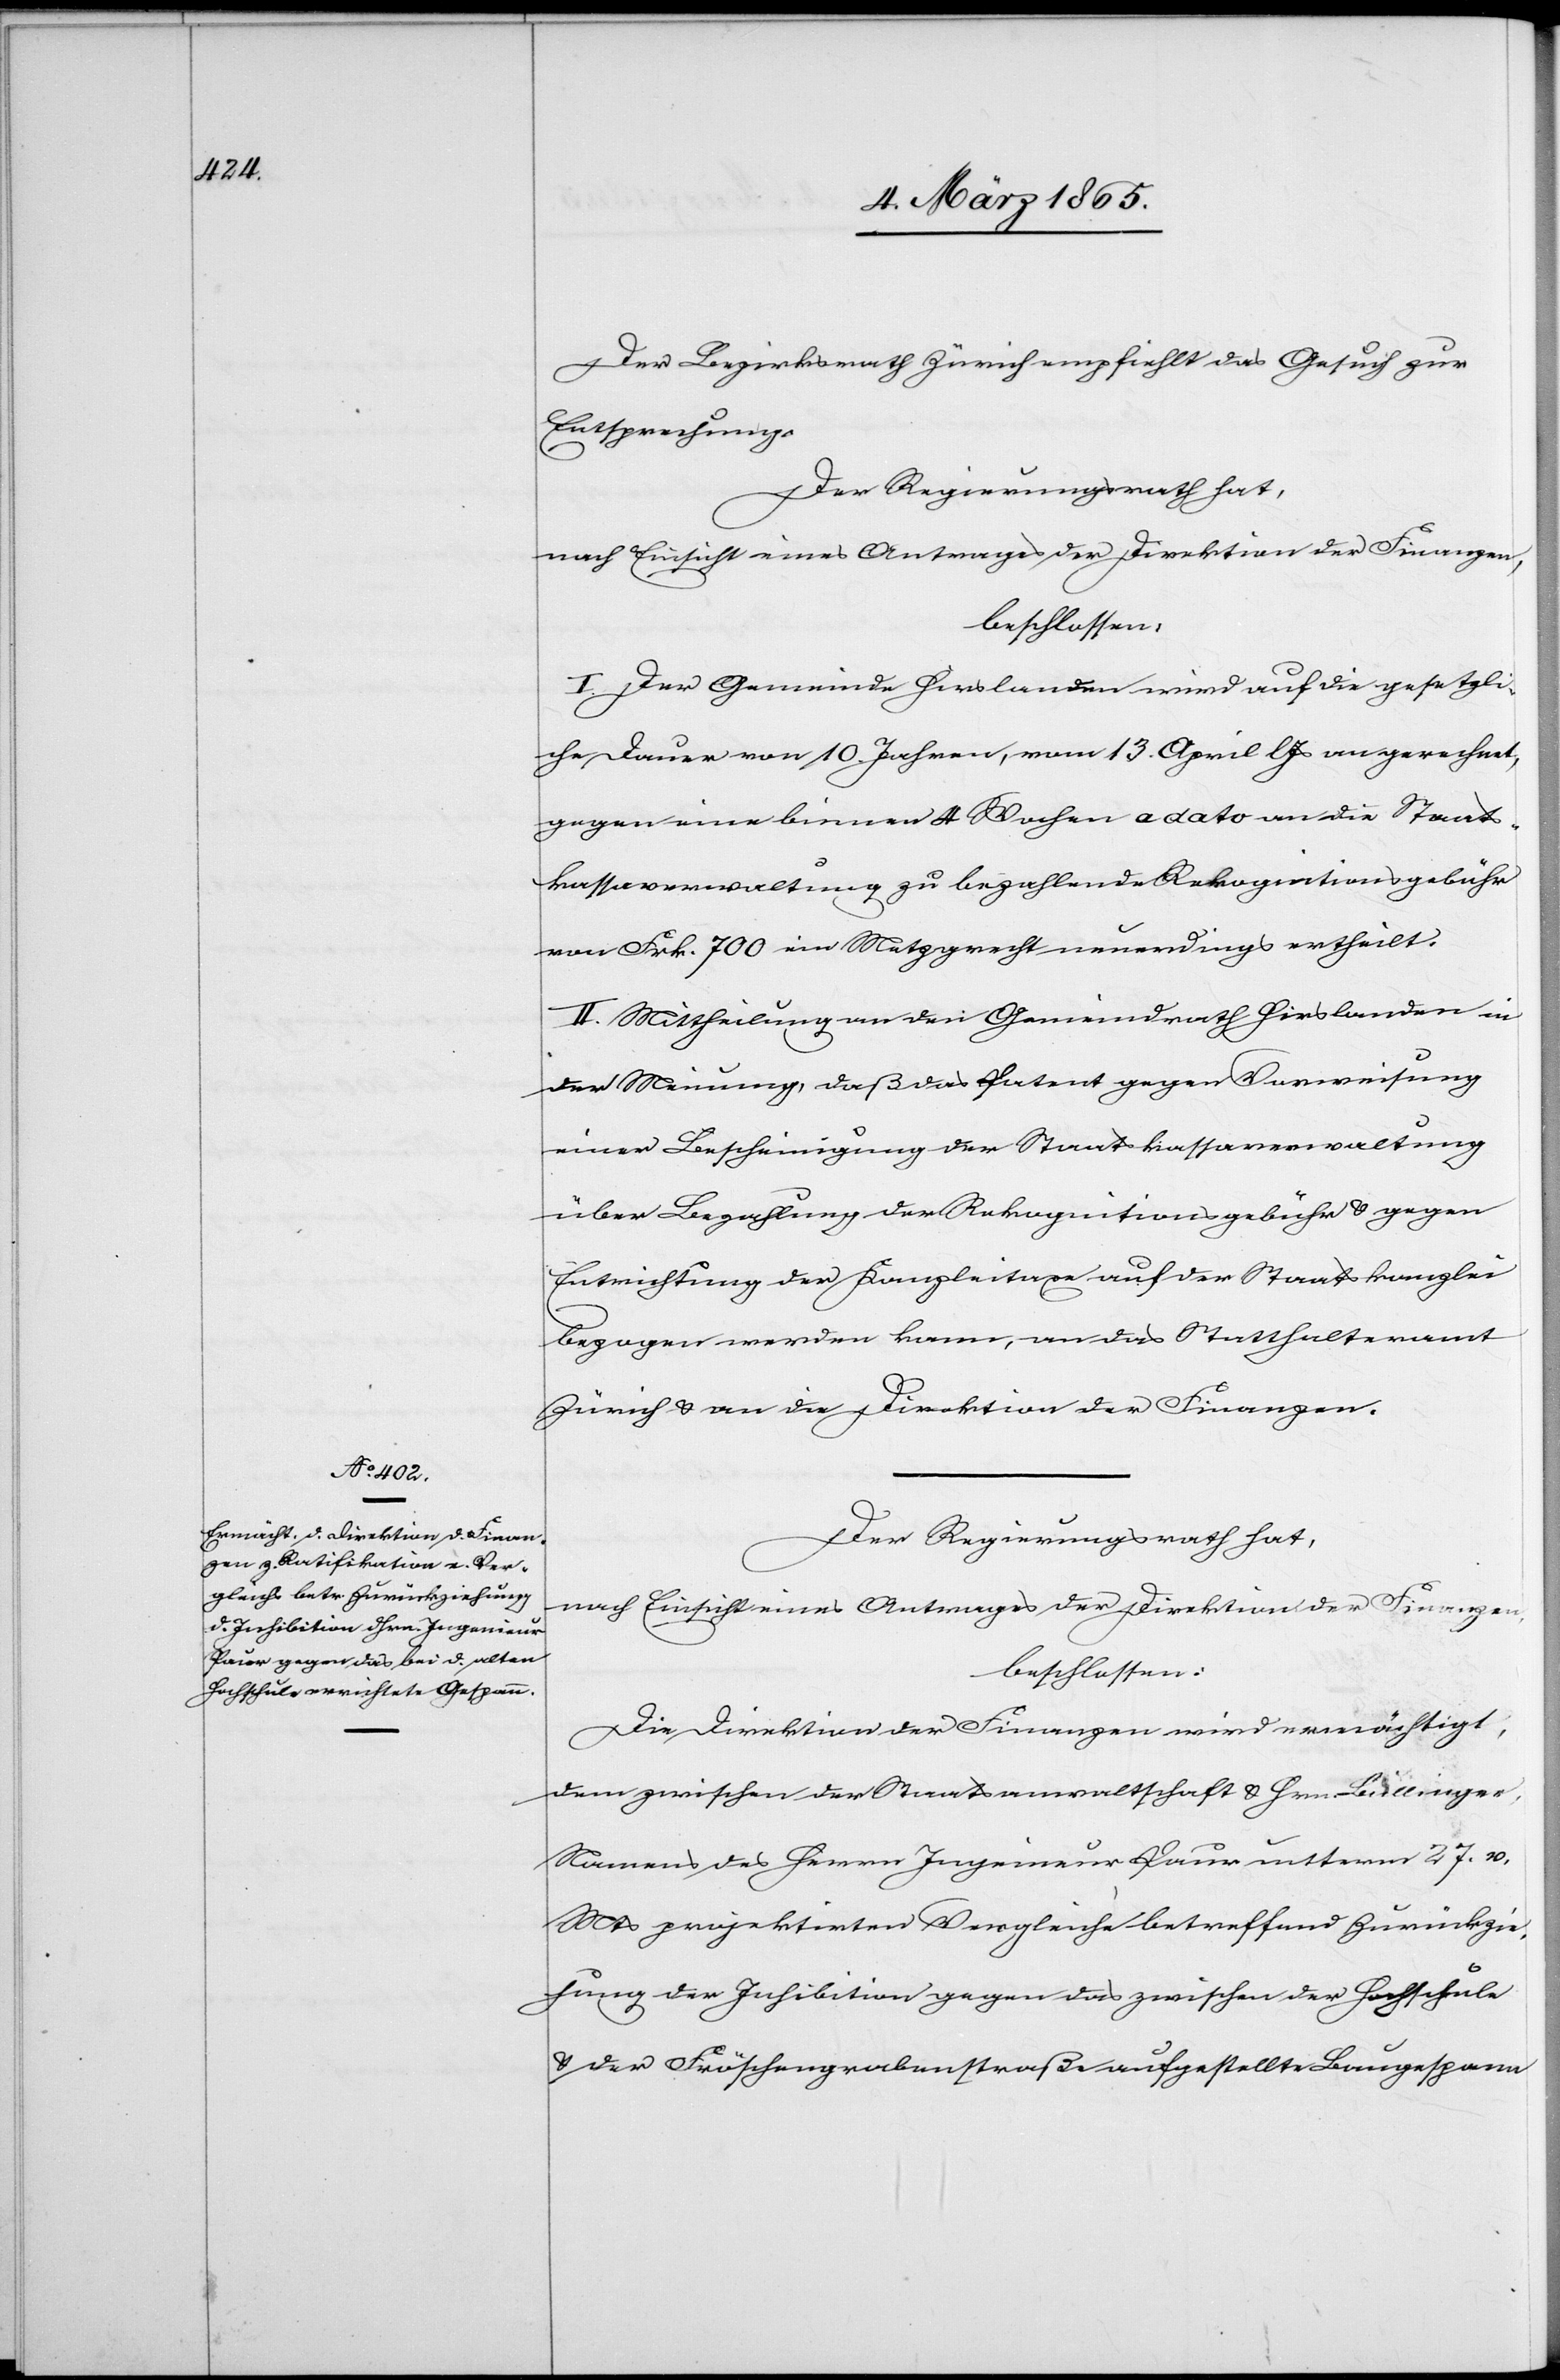
Der Bezirksrath Zürich empfiehlt das Gesuch zur
Entsprechung.
Der Regierungsrath hat,
nach Einsicht eines Antrages der Direktion der Finanzen,
beschlossen:
I. Der Gemeinde Hirslanden wird auf die gesetzli¬
che Dauer von 10. Jahren, vom 13. April l Js angerechnet,
gegen eine binnen 4 Wochen a dato an die Staats¬
kassaverwaltung zu bezahlende Rekognitionsgebühr
von Frk. 700 ein Metzgrecht neuerdings ertheilt.
II. Mittheilung an den Gemeindrath Hirslanden in
der Meinung, daß das Patent gegen Vorweisung
einer Bescheinigung der Staatskasssaverwaltung
über Bezahlung der Rekognitionsgebühr u. gegen
Entrichtung der Kanzleitaxe auf der Staatskanzlei
bezogen werden kann, an das Statthalteramt
Zürich u. an die Direktion der Finanzen.
Der Regierungsrath hat,
nach Einsicht eines Antrages der Direktion der Finanzen,
beschlossen:
Die Direktion der Finanzen wird ermächtigt,
dem zwischen der Staatsanwaltschaft u. Hrn Bullinger,
Namens des Herrn Ingenieur Paur unterm 27. v.
Mts projektirten Vergleiche betreffend Zurückzie¬
hung der Inhibition gegen das zwischen der Hochschule
u. der Fröschengrabenstraße aufgestellte Baugespann